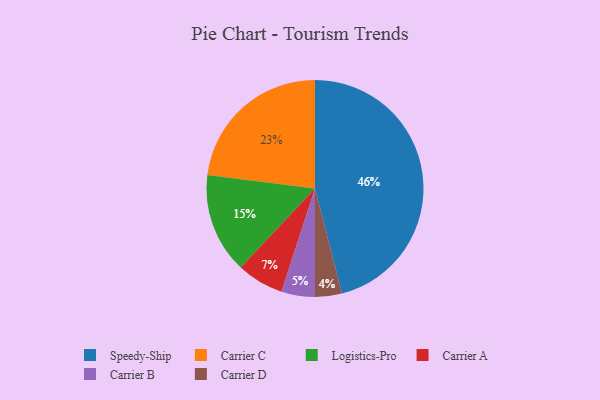
{"axis": {"x": "Category", "y": "Percentage"}, "legend": ["Carrier A", "Carrier B", "Carrier C", "Carrier D", "Logistics-Pro", "Speedy-Ship"], "data": [{"x": "Speedy-Ship", "y": 46, "type": "Speedy-Ship"}, {"x": "Carrier D", "y": 4, "type": "Carrier D"}, {"x": "Carrier C", "y": 23, "type": "Carrier C"}, {"x": "Logistics-Pro", "y": 15, "type": "Logistics-Pro"}, {"x": "Carrier A", "y": 7, "type": "Carrier A"}, {"x": "Carrier B", "y": 5, "type": "Carrier B"}]}